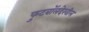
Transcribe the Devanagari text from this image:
फुटबॉलदेखील